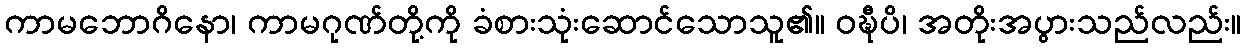
ကာမဘောဂိနော၊ ကာမဂုဏ်တို့ကို ခံစားသုံးဆောင်သောသူ၏။ ဝဍ္ဎီပိ၊ အတိုးအပွားသည်လည်း။